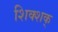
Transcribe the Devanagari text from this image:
शिक्शक्